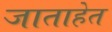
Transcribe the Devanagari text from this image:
जाताहेत